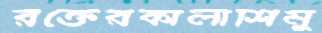
রক্তেরকালীশিমু